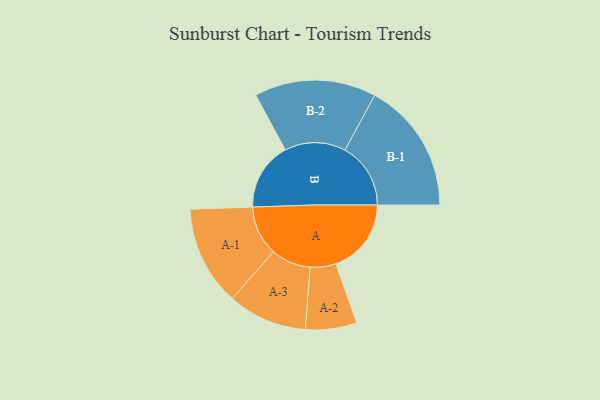
{"axis": {"x": "Segment", "y": "Value"}, "legend": ["", "A", "B"], "data": [{"x": "A", "y": 327, "type": ""}, {"x": "B", "y": 295, "type": ""}, {"x": "A-1", "y": 216, "type": "A"}, {"x": "A-2", "y": 111, "type": "A"}, {"x": "A-3", "y": 172, "type": "A"}, {"x": "B-1", "y": 285, "type": "B"}, {"x": "B-2", "y": 264, "type": "B"}]}